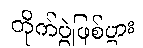
တိုက်ပွဲဖြစ်ပွား